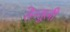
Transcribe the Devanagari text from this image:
तेन्तुली